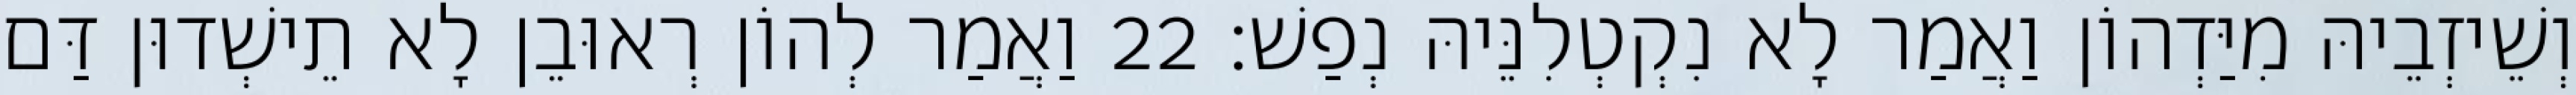
וְשֵׁיזְבֵיהּ מִיַּדְהוֹן וַאֲמַר לָא נִקְטְלִנֵּיהּ נְפַשׁ׃ 22 וַאֲמַר לְהוֹן רְאוּבֵן לָא תֵישְׁדוּן דַּם